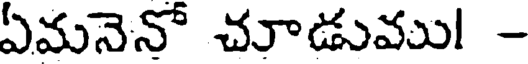
ఏమనెనో చూడుము! -